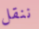
ننقل